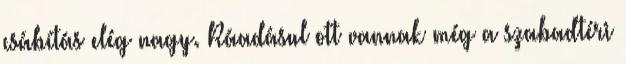
csábítás elég nagy. Ráadásul ott vannak még a szabadtéri